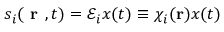
s _ { i } ( \textbf { r } , t ) = \mathcal { E } _ { i } x ( t ) \equiv \chi _ { i } ( \textbf r ) x ( t )